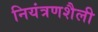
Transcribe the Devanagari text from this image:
नियंत्रणशैली